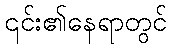
၎င်း၏နေရာတွင်